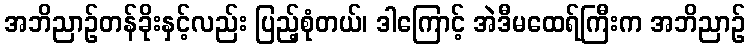
အဘိညာဉ်တန်ခိုးနှင့်လည်း ပြည့်စုံတယ်၊ ဒါကြောင့် အဲဒီမထေရ်ကြီးက အဘိညာဉ်